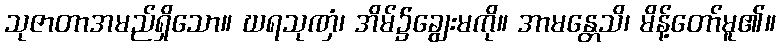
သုဇာတာအမည်ရှိသော။ ဃရသုဏှံ၊ အိမ်၌ချွေးမကို။ အာမန္တေသိ၊ မိန့်တော်မူ၏။